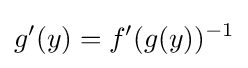
g^{\prime }(y)=f^{\prime }(g(y))^{-1}